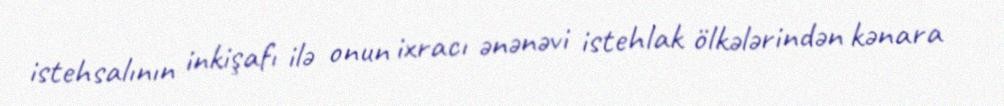
istehsalının inkişafı ilə onun ixracı ənənəvi istehlak ölkələrindən kənara